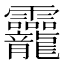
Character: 龗